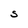
Character: s